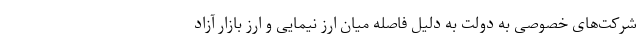
شرکت‌های خصوصی به دولت به دلیل فاصله میان ارز نیمایی و ارز بازار آزاد